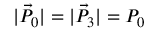
\vert \vec { P } _ { 0 } \vert = \vert \vec { P } _ { 3 } \vert = P _ { 0 }